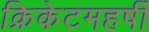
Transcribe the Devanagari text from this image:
क्रिकेटमहर्षी